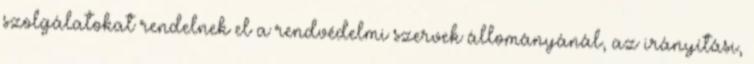
szolgálatokat rendelnek el a rendvédelmi szervek állományánál, az irányítási,